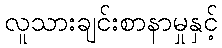
လူသားချင်းစာနာမှုနှင့်